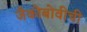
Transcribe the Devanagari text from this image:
जैकोबोवीची